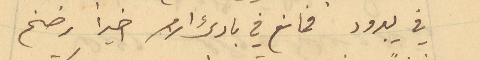
في يبرود فمانع في بادىء الامر اخيراً رضخ